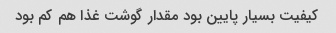
کیفیت بسیار پایین بود مقدار گوشت غذا هم کم بود